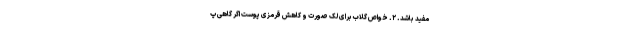
مفید باشد. ۲. خواص گلاب برای لک صورت و کاهش قرمزی پوست اگر گاهی پ